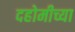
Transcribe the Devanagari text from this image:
दहोमीच्या